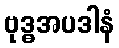
ဗုဒ္ဓအပဒါနံ